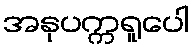
အနုပက္ကရူပေါ